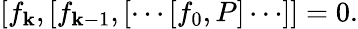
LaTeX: [f_{\mathbf{k}},[f_{\mathbf{k}-1},[\cdots[f_{0},P]\cdots]]=0.